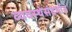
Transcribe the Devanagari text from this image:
व्यवस्थेसंदर्भात